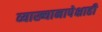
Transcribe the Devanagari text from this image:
व्याख्यानापेक्षाही